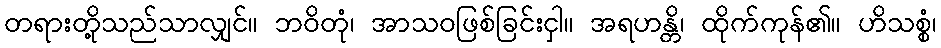
တရားတို့သည်သာလျှင်။ ဘဝိတုံ၊ အာသဝဖြစ်ခြင်းငှါ။ အရဟန္တိ၊ ထိုက်ကုန်၏။ ဟိသစ္စံ၊